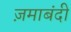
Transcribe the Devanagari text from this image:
ज़माबंदी